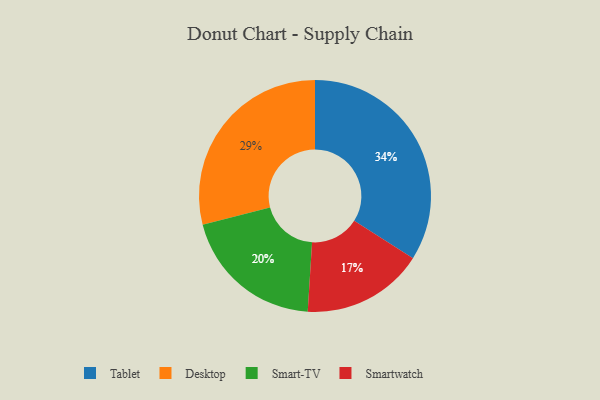
{"axis": {"x": "Category", "y": "Percentage"}, "legend": ["Desktop", "Smart-TV", "Smartwatch", "Tablet"], "data": [{"x": "Desktop", "y": 29, "type": "Desktop"}, {"x": "Tablet", "y": 34, "type": "Tablet"}, {"x": "Smart-TV", "y": 20, "type": "Smart-TV"}, {"x": "Smartwatch", "y": 17, "type": "Smartwatch"}]}